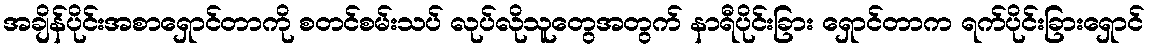
အချိန်ပိုင်းအစာရှောင်တာကို စတင်စမ်းသပ် လုပ်လိုသူတွေအတွက် နာရီပိုင်းခြား ရှောင်တာက ရက်ပိုင်းခြားရှောင်